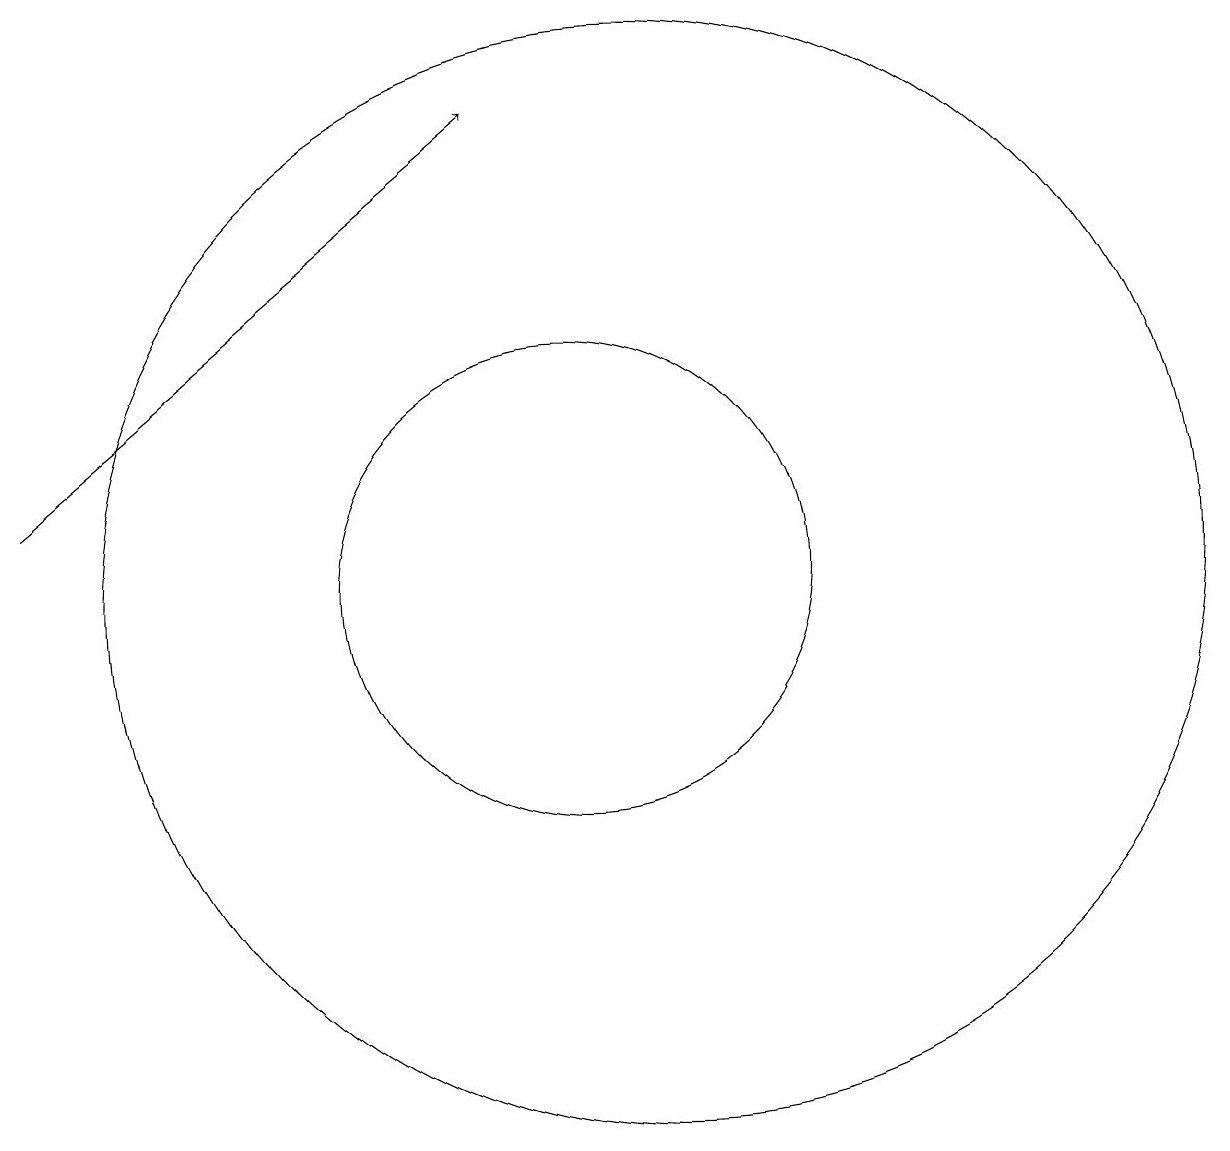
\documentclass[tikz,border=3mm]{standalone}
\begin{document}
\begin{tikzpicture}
\draw[->] (3,13) -- (9,18);
\draw (11,12) circle (7);
\draw (10,12) circle (3);
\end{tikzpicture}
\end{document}